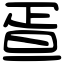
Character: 疍